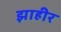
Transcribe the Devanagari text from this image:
झाहीर